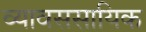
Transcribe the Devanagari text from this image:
व्यावससायिक